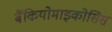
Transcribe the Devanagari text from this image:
बैंकियोमाइकोसिस